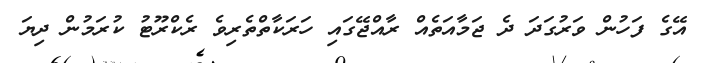
އޭގެ ފަހުން ވަރުގަދަ ދެ ޖަމާއަތެއް ރާއްޖޭގައި ހަރަކާތްތެރިވެ ރެކްރޫޓު ކުރަމުން ދިޔަ